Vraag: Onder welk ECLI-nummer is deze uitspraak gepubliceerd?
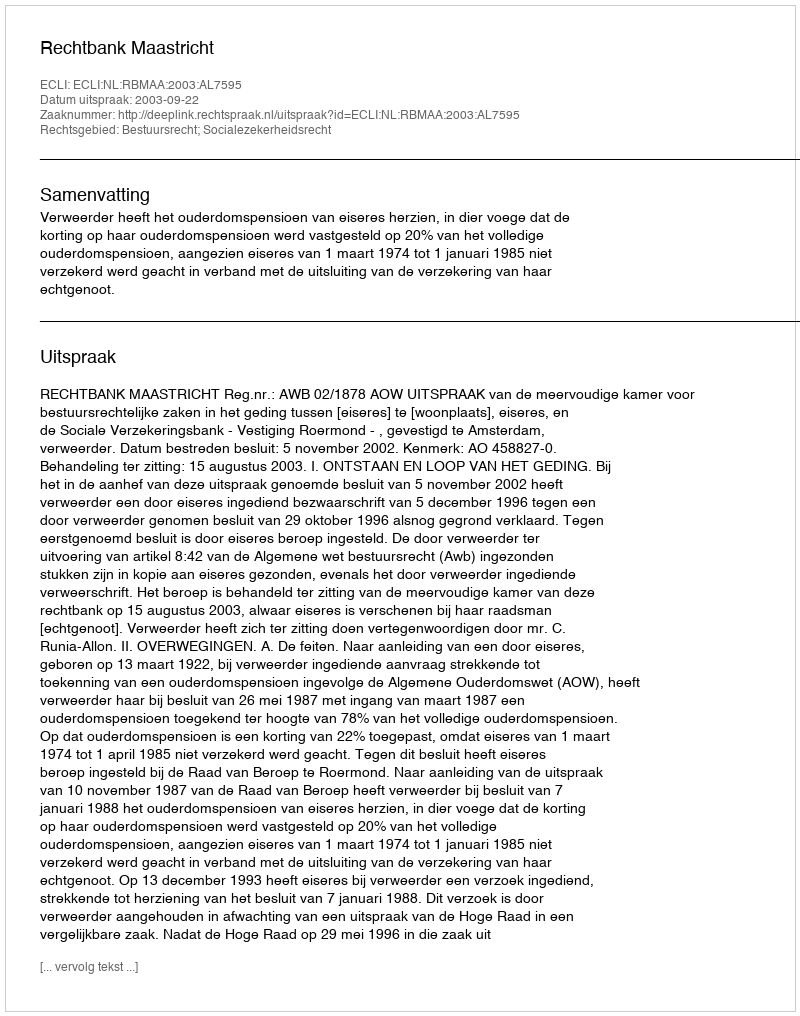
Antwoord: ECLI:NL:RBMAA:2003:AL7595